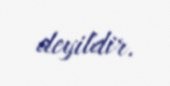
deyildir.